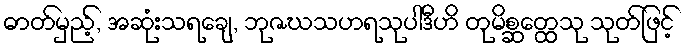
ဓာတ်မှည့်, အဆုံးသရချေ, ဘုဇဃသဟရသုပါဒီဟိ တုမိစ္ဆတ္ထေသု သုတ်ဖြင့်